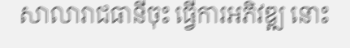
សាលារាជធានីចុះ ធ្វើការអភិវឌ្ឍ នោះ